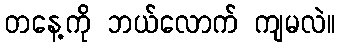
တနေ့ကို ဘယ်လောက် ကျမလဲ။